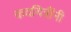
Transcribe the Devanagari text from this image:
कवयित्रींनी